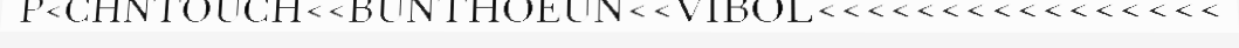
P<CHNTOUCH<<BUNTHOEUN<<VIBOL<<<<<<<<<<<<<<<<